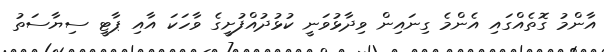
އާންމު ގޮތެއްގައި އެންމެ ގިނައިން ވިދާޅުވަނީ ކުޅުދުއްފުށީގެ ވާހަކަ އާއި ޕާޓީ ސިޔާސަތު